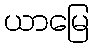
ယာမြေ